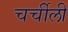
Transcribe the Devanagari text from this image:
चर्चीली